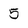
Character: 5